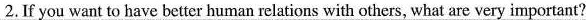
2.If you want to have better human relations with others, what are very important?